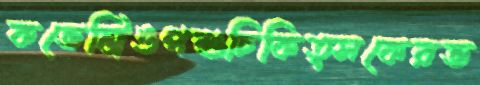
কভেন্ট্রিওপশুচিকিত্সকেরভ